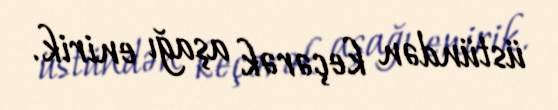
üstündən keçərək aşağı enirik.